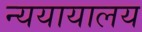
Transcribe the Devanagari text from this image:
न्ययायालय